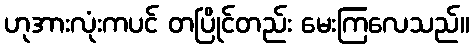
ဟုအားလုံးကပင် တပြိုင်တည်း မေးကြလေသည်။